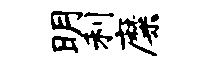
明利靡